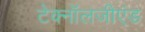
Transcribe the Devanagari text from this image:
टेक्नॉलजीएंड